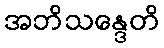
အဘိသန္ဒေတိ